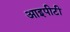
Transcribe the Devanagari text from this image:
आइपीटी